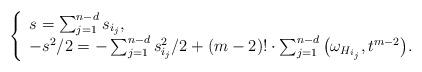
LaTeX: \begin{align*}\left\{ \begin{array}{l}s=\sum_{j=1}^{n-d}s_{i_j},\\-s^2/2=-\sum_{j=1}^{n-d}s_{i_j}^2/2+(m-2)!\cdot\sum_{j=1}^{n-d}\big(\omega_{H_{i_j}},t^{m-2}\big).\end{array}\right.\end{align*}